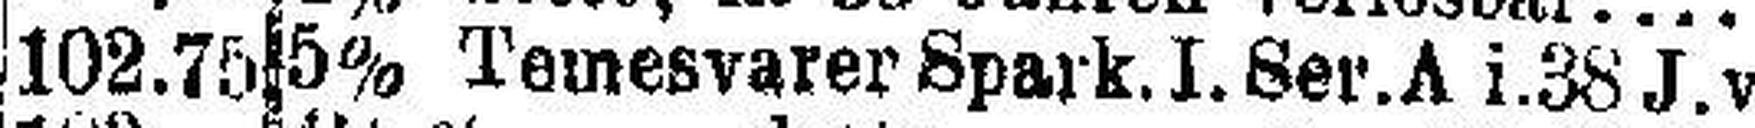
5% Temesvarer Spark. I. Ser. A i. 38 J.v.